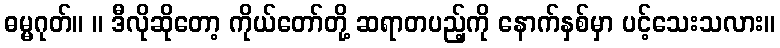
ဓမ္မဂုတ်။ ။ ဒီလိုဆိုတော့ ကိုယ်တော်တို့ ဆရာတပည့်ကို နောက်နှစ်မှာ ပင့်သေးသလား။